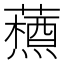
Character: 𮒞